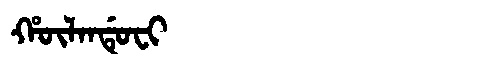
Manchu: ᡥᡡᠯᠠᠨᡩᡠᠸᡳ
Romanization: HŪLANDUFI